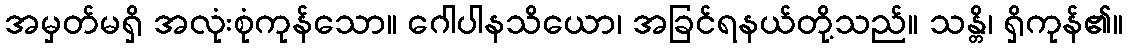
အမှတ်မရှိ အလုံးစုံကုန်သော။ ဂေါပါနသိယော၊ အခြင်ရနယ်တို့သည်။ သန္တိ၊ ရှိကုန်၏။